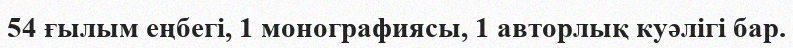
54 ғылым еңбегі, 1 монографиясы, 1 авторлық куәлігі бар.